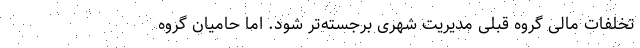
تخلفات مالی گروه قبلی مدیریت شهری برجسته‌تر شود. اما حامیان گروه